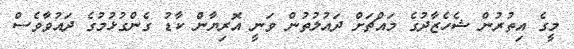
މީގެ އިތުރުން ޝެހެޒާދުގެ މައްޗަށް ދައުލުތުން ވަނީ އޮރިޔާން ކާޑު ގެންގުޅުމުގެ ދައުވާވެސް